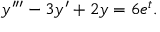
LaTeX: y ^ { \prime \prime \prime } - 3 y ^ { \prime } + 2 y = 6 e ^ { t } .